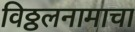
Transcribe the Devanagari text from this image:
विठ्ठलनामाचा